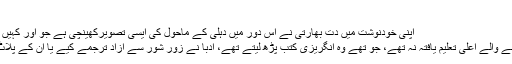
"
اپنی خودنوشت میں دت بھارتی نے اس دور میں دہلی کے ماحول کی ایسی تصویرکھینچی ہے جو اور کہیں دیکھنے میں نہیں آتی:
"چونکہ اردو ادب پڑھنے والے اعلی تعلیم یافتہ نہ تھے، جو تھے وہ انگریزی کتب پڑھ لیتے تھے، ادبا نے زور شور سے آزاد ترجمے کیے یا ان کے پلاٹ مغرب سے لے آئے۔